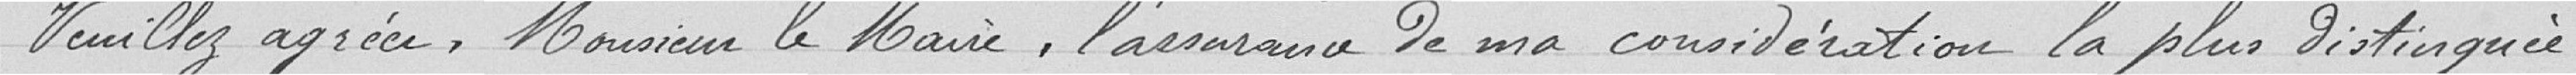
Veuillez agréer, Monsieur le Maire, l'assurance de ma considération la plus distinguée.